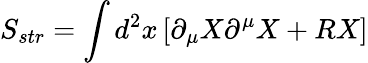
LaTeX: S_{str}=\int d^{2}x\left[\partial_{\mu}X\partial^{\mu}X+RX\right]